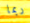
ربما